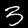
Label: 3